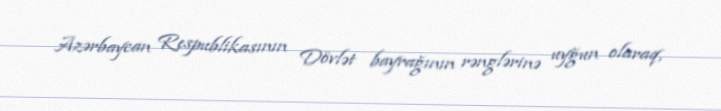
Azərbaycan Respublikasının Dövlət bayrağının rənglərinə uyğun olaraq,